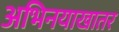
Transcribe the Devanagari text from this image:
अभिनयाखातर